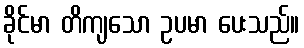
ခိုင်မာ တိကျသော ဥပမာ ပေးသည်။